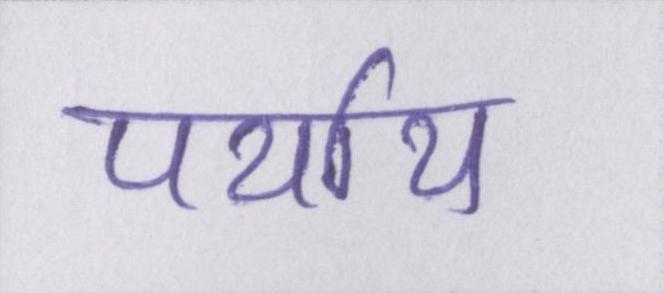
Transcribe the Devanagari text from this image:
पर्याय